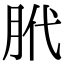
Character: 𫆛